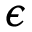
\epsilon